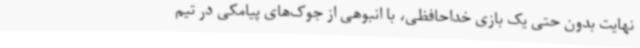
نهایت بدون حتی یک بازی خداحافظی، با انبوهی از جوک‌های پیامکی در تیم‌